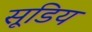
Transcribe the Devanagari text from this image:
सूडिय